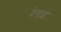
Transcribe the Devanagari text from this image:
देखइ